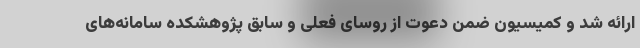
ارائه شد و کمیسیون ضمن دعوت از روسای فعلی و سابق پژوهشکده سامانه‌های